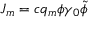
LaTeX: J _ { m } = c q _ { m } \phi \gamma _ { 0 } \tilde { \phi } \,